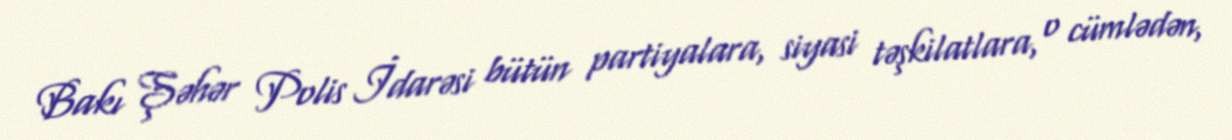
Bakı Şəhər Polis İdarəsi bütün partiyalara, siyasi təşkilatlara, o cümlədən,